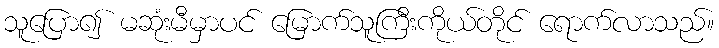
သူပြော၍ မဆုံးမီမှာပင် မြောက်သူကြီးကိုယ်တိုင် ရောက်လာသည်။